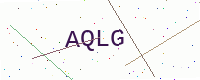
Text: AQLG